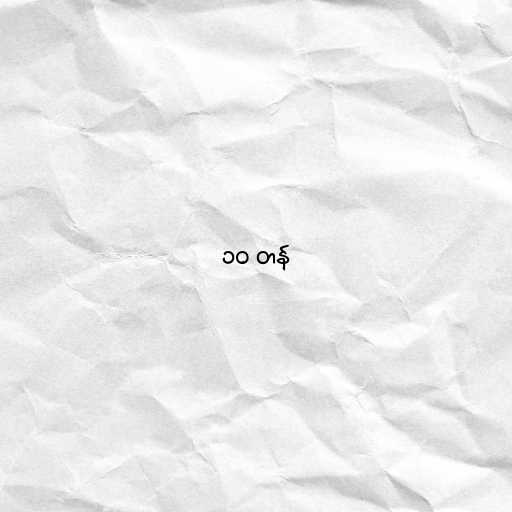
၁၀ တန်